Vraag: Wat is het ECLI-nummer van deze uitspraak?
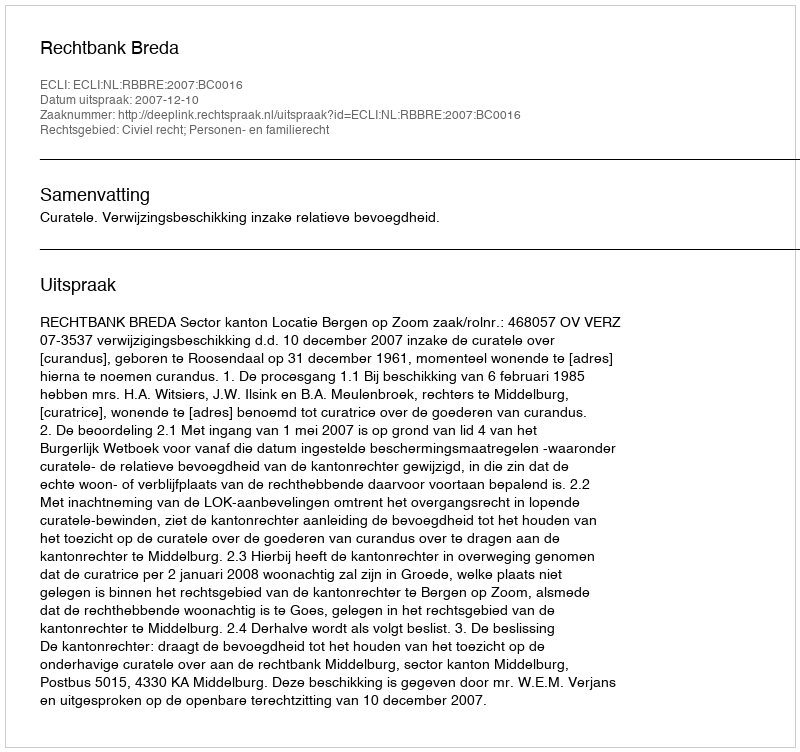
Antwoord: ECLI:NL:RBBRE:2007:BC0016